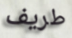
طريف